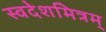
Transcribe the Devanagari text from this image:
स्वदेशमित्रम्